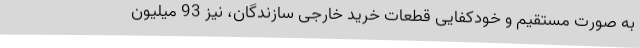
به صورت مستقیم و خودکفایی قطعات خرید خارجی سازندگان، نیز 93 میلیون